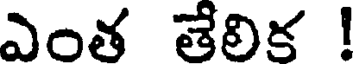
ఎంత తేలిక !